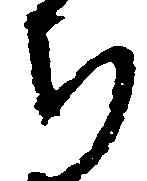
ち